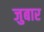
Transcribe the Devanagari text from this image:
जुबार